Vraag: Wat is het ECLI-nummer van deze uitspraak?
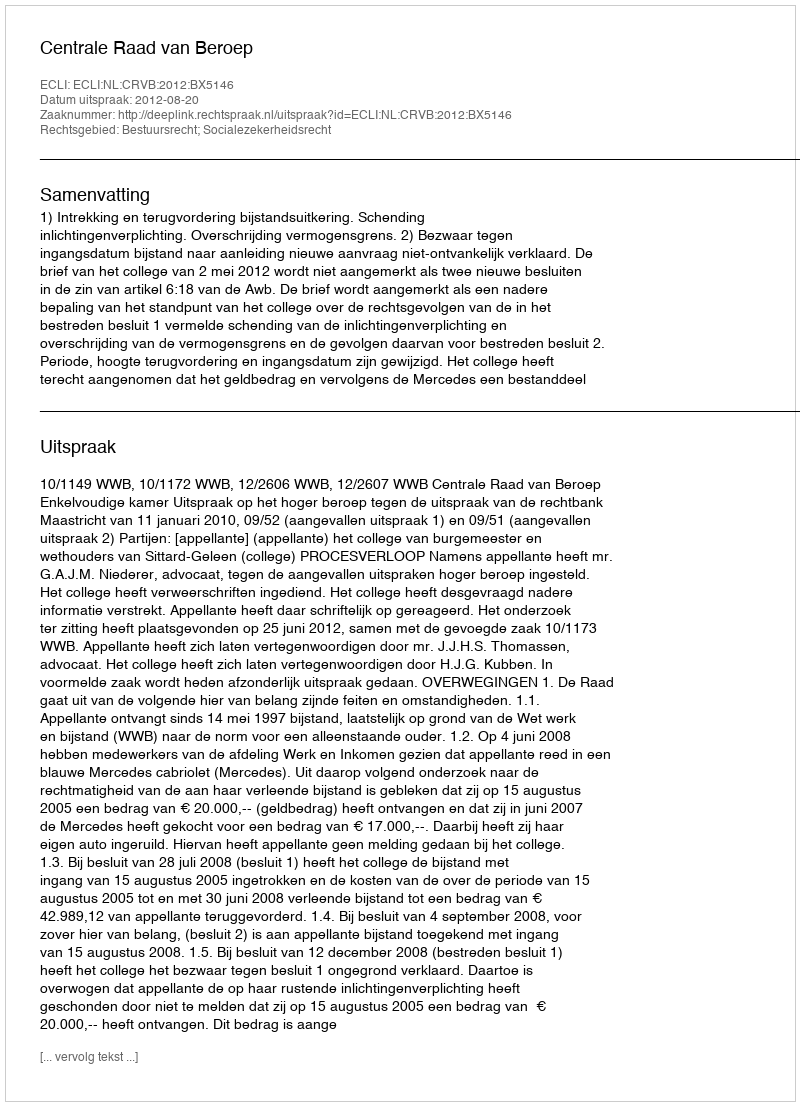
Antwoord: ECLI:NL:CRVB:2012:BX5146